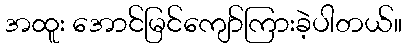
အထူး အောင်မြင်ကျော်ကြားခဲ့ပါတယ်။